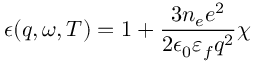
\epsilon ( q , \omega , T ) = 1 + \frac { 3 n _ { e } e ^ { 2 } } { 2 \epsilon _ { 0 } \varepsilon _ { f } q ^ { 2 } } \chi